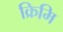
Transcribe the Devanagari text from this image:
क्रिमि